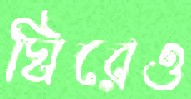
ঘিরেও